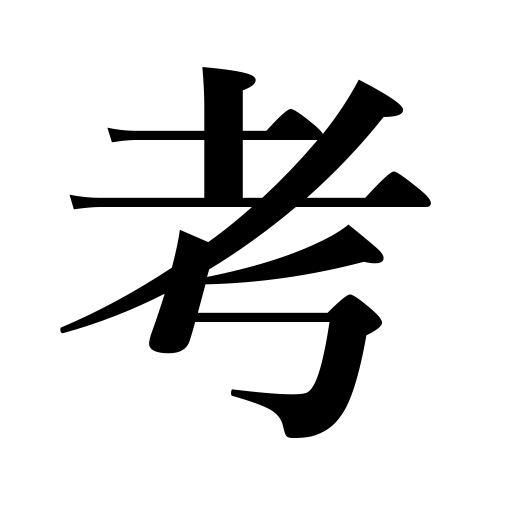
Meanings: regard as,conclude,ponder over,thought,treatise,be prepared for,consider,suspect,hope,expect,imagine,suppose,think,research,consideration,believe,be of the opinion,invent,intend,be discreet,fear,reconsider,judge